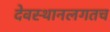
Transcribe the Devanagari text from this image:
देवस्थानलगतच